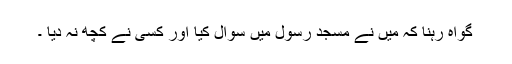
گواہ رہنا کہ میں نے مسجد رسولۖ میں سوال کیا اور کسی نے کچھ نہ دیا ۔